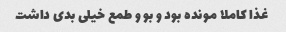
غذا کاملا مونده بود و بو‌ و طمع خیلی بدی داشت